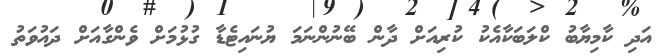
އަދި ކާމިޔާބު ކްލަބަކާއެކު ކުރިއަށް ދާން ބޭނުންނަމަ ޔުނައިޓެޑާ ގުޅުމަށް ވެންގާއަށް ދައުވަތު